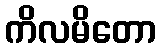
ကိလမိတော